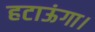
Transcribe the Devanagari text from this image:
हटाऊंगा।